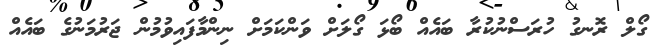
ގޯލް ރޮނގު ހުރަސްނުކުރާ ބައެއް ބޯޅަ ގޯލަށް ވަންކަމަށް ނިންމާފައިވުމުން ޖަރުމަނުގެ ބައެއް